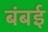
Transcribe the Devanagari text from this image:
बंबर्इ